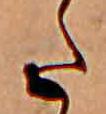
た